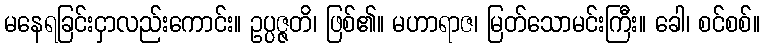
မနေရခြင်းငှာလည်းကောင်း။ ဥပ္ပဇ္ဇတိ၊ ဖြစ်၏။ မဟာရာဇ၊ မြတ်သောမင်းကြီး။ ခေါ၊ စင်စစ်။